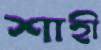
শাহী